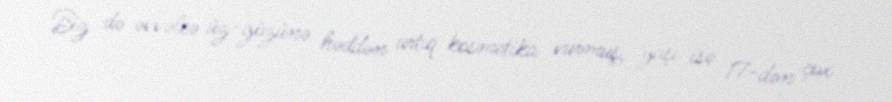
Biz də əvvəlcə üz-gözünə həddən artıq kosmetika vurmuş, yaşı isə 17-dən çox